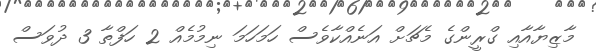
މާޒިޔާއާއި ގްރީންގެ މެޗަށް އަނެއްކާވެސް ހަމަހަމަ ނިމުމެއް 2 ހަފްތާ 3 ދުވަސް